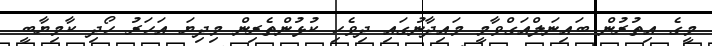
މީގެ އިތުރުން ބައިނަލްއަގްވާމީ މައިދާނުގައި ދިވެހި ކުޅުންތެރިން މިދިޔަ އަހަރު ހޯދި ކާމިޔާބީ